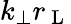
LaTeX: k_{\perp}r_{\mathrm{~L~}}